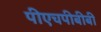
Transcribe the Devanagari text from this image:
पीएचपीबीबी